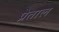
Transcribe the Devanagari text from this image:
प्रेताल